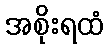
အစိုးရထံ